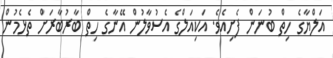
އަލްޔާގެ ހިތް ބުނަން ފެށިއެވެ. އަކިއަލްގެ އެސުވާލުން އޭނާގެ ހިތް ބާރުބާރަށް ތެޅެމުން